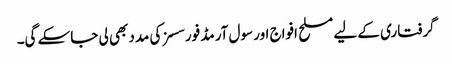
گرفتاری کے لیے مسلح افواج اور سول آرمڈ فورسسز کی مدد بھی لی جاسکے گی۔